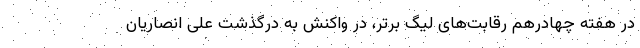
در هفته چهادرهم رقابت‌های لیگ برتر، در واکنش به درگذشت علی انصاریان